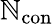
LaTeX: \mathbb{N}_{\mathrm{{con}}}